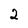
Character: 2